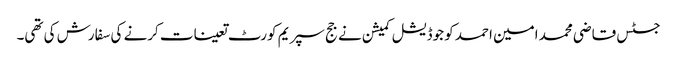
جسٹس قاضی محمد امین احمد کو جوڈیشل کمیشن نے جج سپریم کورٹ تعینات کرنے کی سفارش کی تھی۔